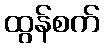
ထွန်စက်